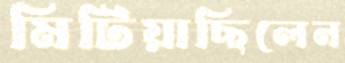
মিটিয়াছিলেন